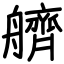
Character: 艩